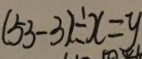
( 5 3 - 3 ) \div x = y